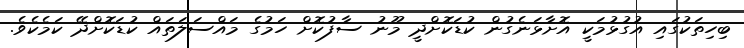
ބިހިތަކުގައި އުގުޅުމަކީ އޮށާޅަނެގުން ކުޑަކޮށްދީ މޫނު ސާފުކޮށް ހަމުގެ މައްސަލަތައް ކުޑަކޮށްދޭ ކަމެކެވެ.